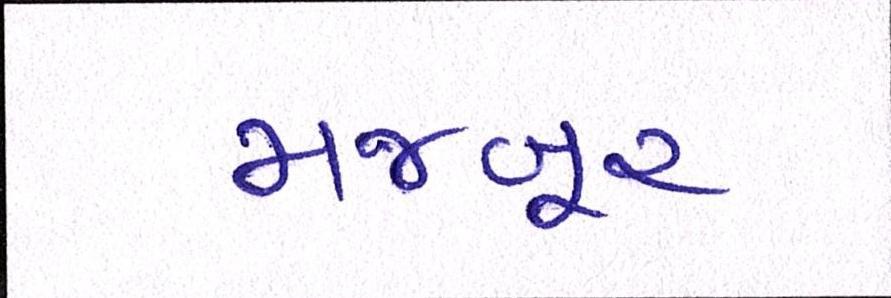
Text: મજબૂર